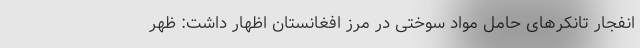
انفجار تانکر‌های حامل مواد سوختی در مرز افغانستان اظهار داشت: ظهر